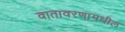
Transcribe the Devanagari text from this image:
वातावरणामधील